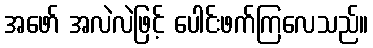
အဖော် အလဲလဲဖြင့် ပေါင်းဖက်ကြလေသည်။